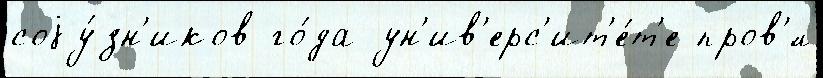
соjу́зн'иков го́да ун'ив'ерс'ит'е́т'е пров'́л